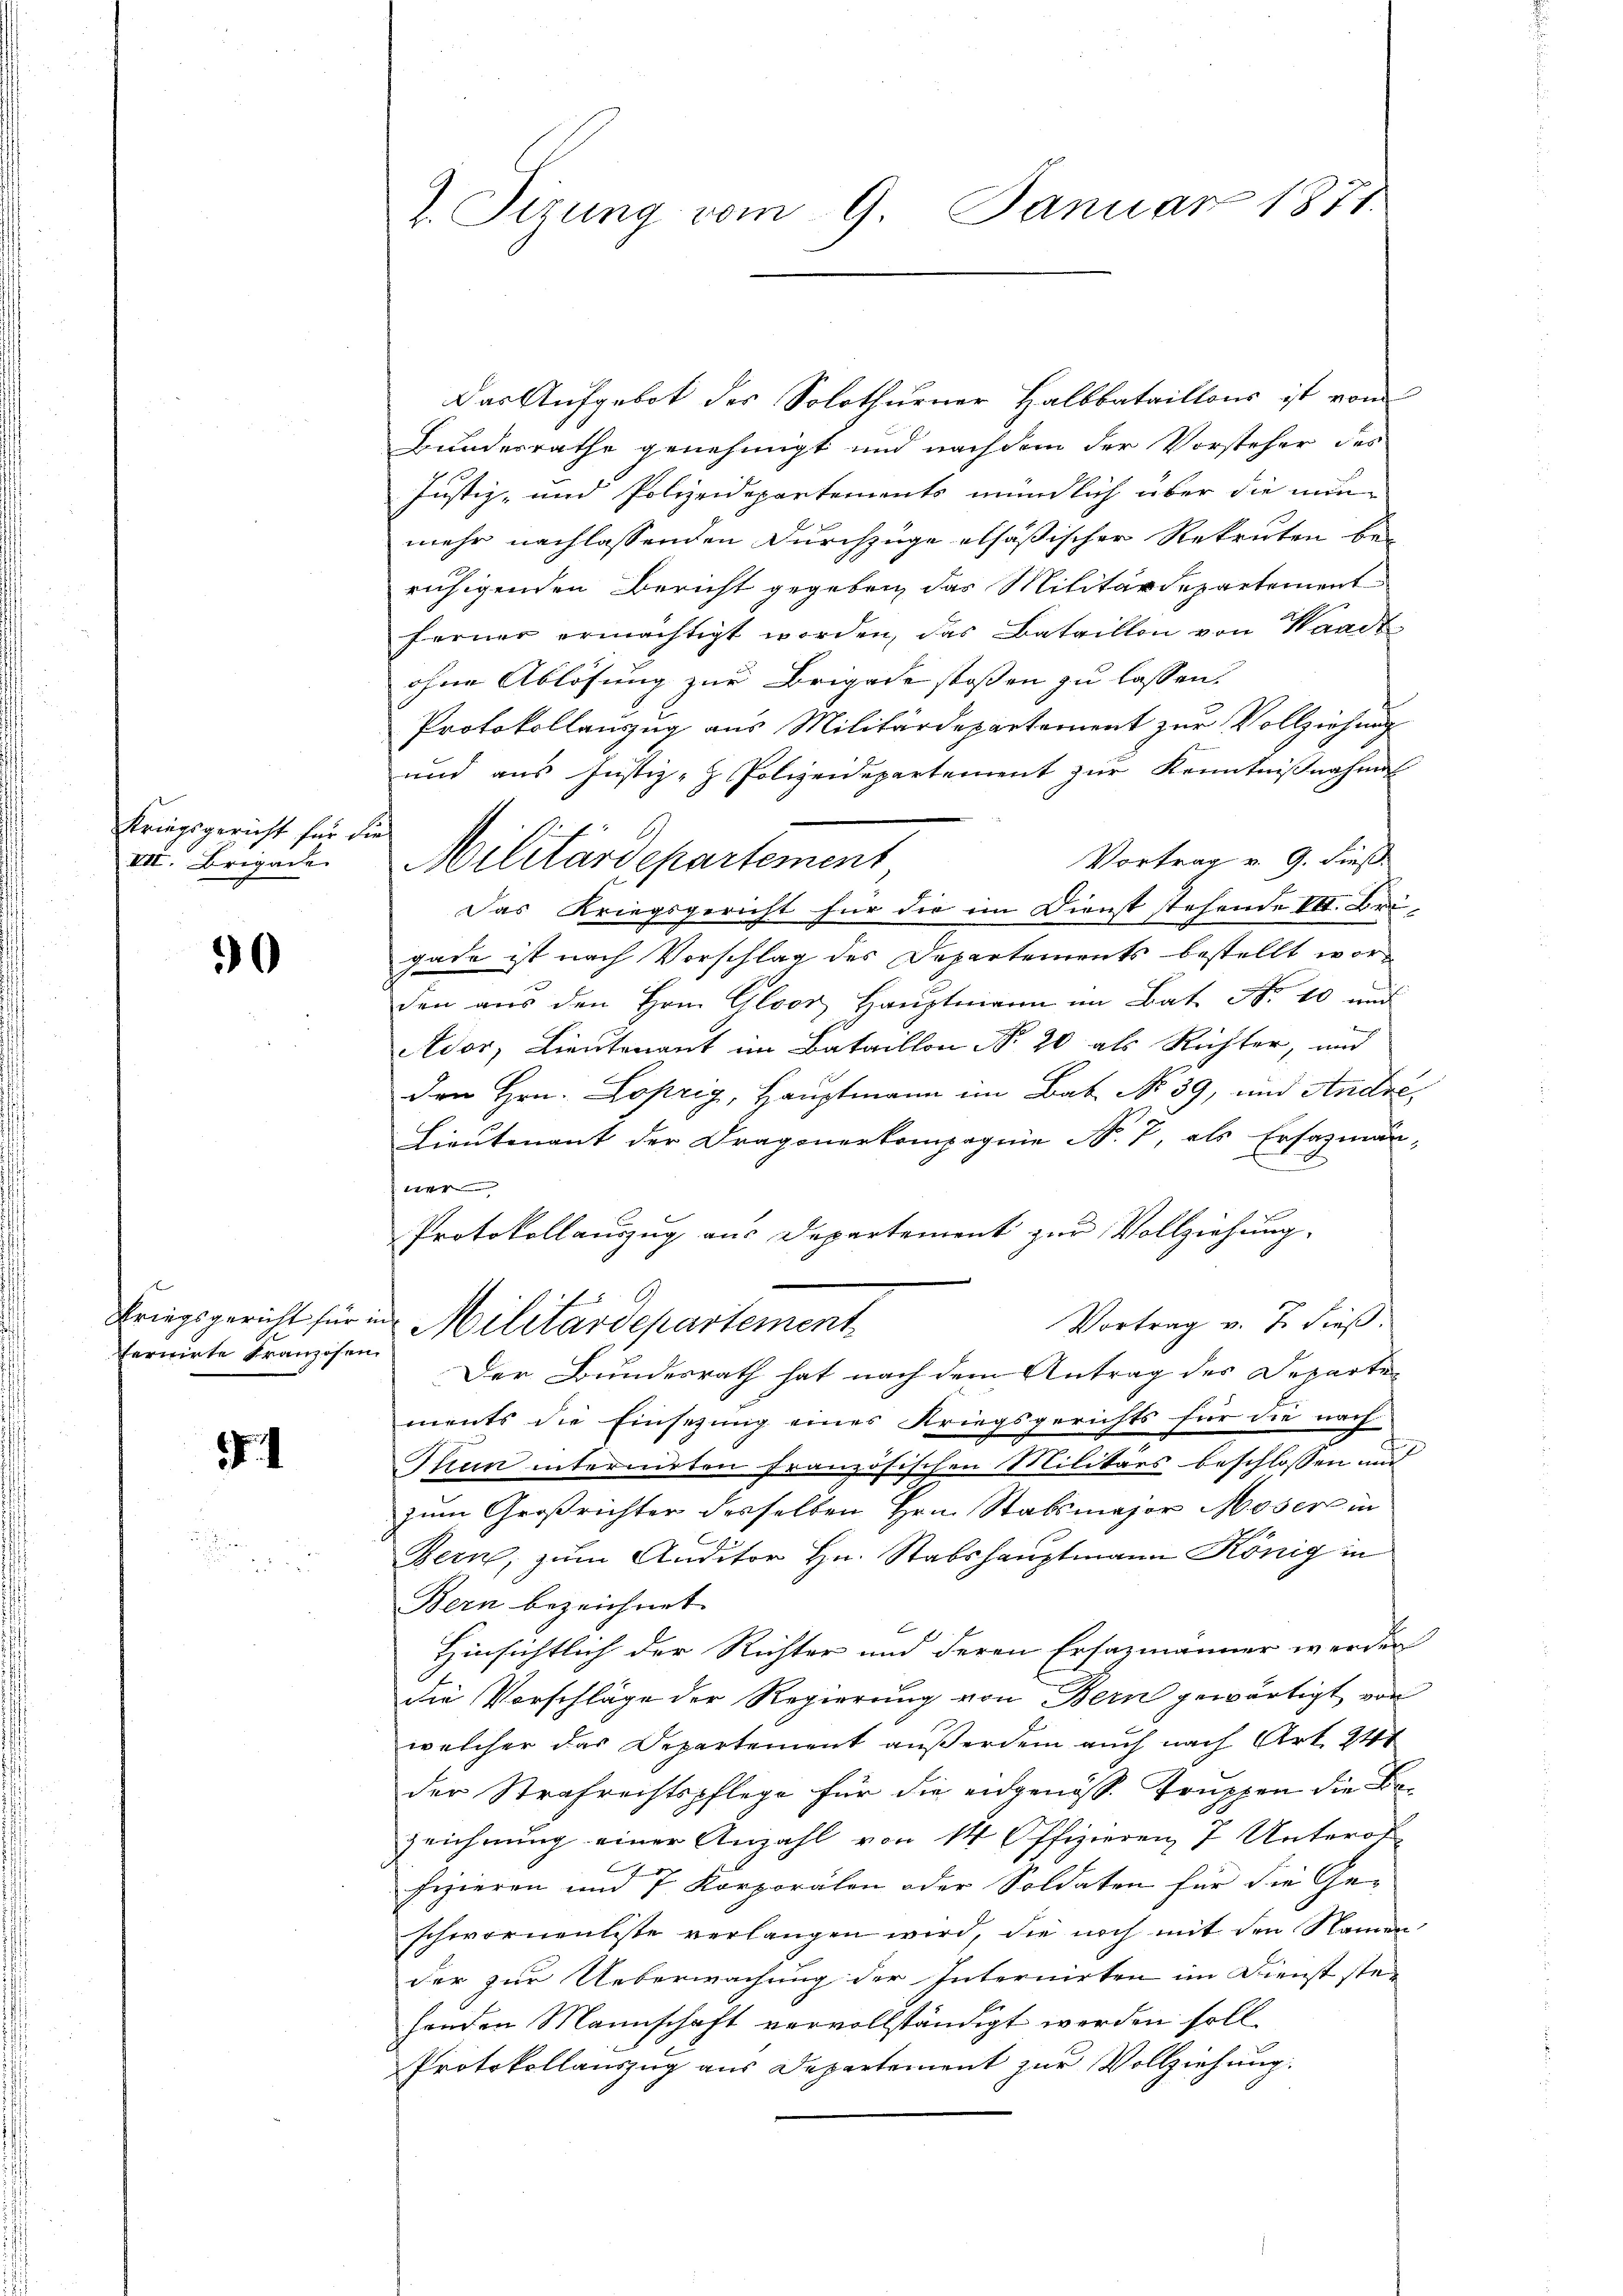
Kriegsgericht für die
VII. Brigade

0

Kriegsgericht für
fernirte Franzosen

.1

7. Sizung vom 9. Januar 1871

Das Aufgebot des Solothurner Halbbataillons ist vom
Bundesrathe genehmigt und nachdem der Vorsteher des
Justiz- und Polizeidepartements mündlich über die nun
mehr nachlassenden Durchzuge elfäßischer Rekruten beruhigenden Bericht gegeben, das Militärdepartement
ferner ermächtigt worden, das Bataillon von Waadt
ohne Ablösung zur Brigade stossen zu lassen.
Protokollauszug aus Militärdepartement zur Vollziehung
und aus Justiz- & Polizeidepartement zur Kenntnißnahmen
f
Vortrag v. 9. dieß.
Militärdepartement
Das Kriegsgericht für die im Dienst stehende VII. Beigade ist nach Vorschlag des Departements bestellt worden aus den Hrn. Gloor Hauptmann im Bat. Nr. 10 und
Ados, Lieutenant im Bataillon No 20 als Richter, und
den Hrn. Lopzig, Hauptmann im Bat. No 39, und Andre
Lieutenant der Dragonerkompagnie N. 7, als Ersatzman-
r
Protokollauszug aus Departement zur Vollziehung,
Vortrag v. J. dieß.
u Militärdepartement
Der Bundesrath hat nach dem Antrag des Departe
ments die Einsezung eines Kriegsgerichts für die nach
Thun internirten französischen Militärs beschlossen und
zum Großrichter desselben Hrn. Stabsmajor Moser in
Bern, zum Auditor Hr. Stabshauptmann König in
Bern bezeichnet.
Hinsichtlich der Richter und deren Ersazmänner werden
die Vorschläge der Regierung von Bern gewärtigt von
welcher das Departement außerdem auch nach Art. 241
der Strafrechtspflege für die eidgenöss. Truppen die Bezeichnung einer Anzahl von 14 Offizieren 7 Unterof
fizieren und 7. Korporalen oder Soldaten für die Geschwornentiste verlangen wird, die noch mit den Namen
der zur Ueberwachung der Internirten im Dienst stehenden Mannschaft vervollständigt werden soll.
Protokollauszug aus Departement zur Vollziehung.